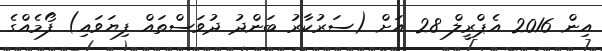
އިން 2016 އެޕްރީލް 28 އަށް (ސަރުކާރު ބަންދު ދުވަސްތައް ފިޔަވައި) ފޯމެއްގެ